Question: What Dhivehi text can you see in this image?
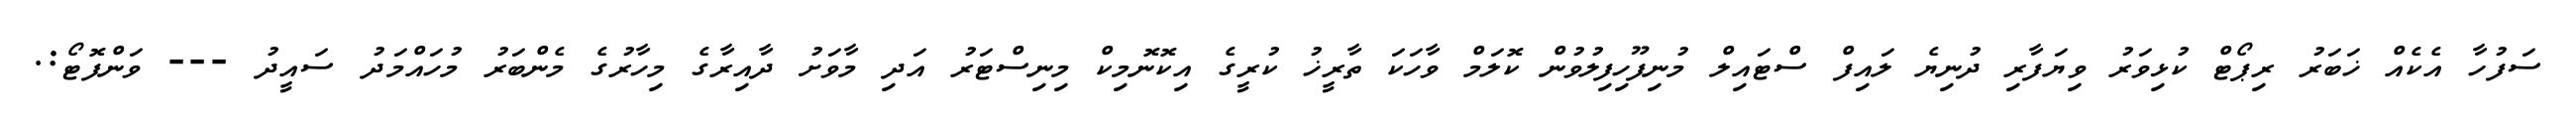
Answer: ސަފުހާ އެކެއް ޚަބަރު ރިޕޯޓް ކުޅިވަރު ވިޔަފާރި ދުނިޔެ ލައިފް ސްޓައިލް މުނިފޫހިފިލުވުން ކޮލަމް ވާހަކަ ތާރީޚު ކުރީގެ އިކޮނޮމިކް މިނިސްޓަރު އަދި މާވަށު ދާއިރާގެ މިހާރުގެ މެންބަރު މުހައްމަދު ސައީދު --- ވަންފޮޓޯ:.